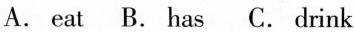
A. eat B. Has C. Drink